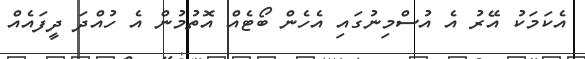
އެކަމަކު އޭރު އެ އުސްމިނުގައި އެހެން ބޯޓެއް އޮތުމުން އެ ހުއްދަ ދީފައެއް